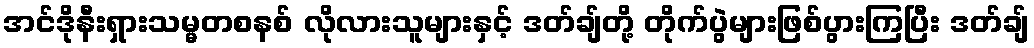
အင်ဒိုနီးရှားသမ္မတစနစ် လိုလားသူများနှင့် ဒတ်ချ်တို့ တိုက်ပွဲများဖြစ်ပွားကြပြီး ဒတ်ချ်